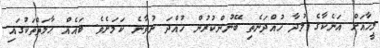
މީހާއަށް އަނެކާގެ މުދާ ހުއްދަނެތި ބޭނުންކުރުން ހުއްދަ ނުވާނެ ކަމަށެވެ. ބައެއް ޙާލަތްތަކުގައި